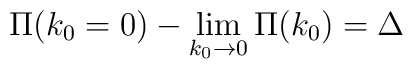
\Pi(k_{0} =0) - \lim_{k_{0}\rightarrow 0} \Pi(k_{0}) = \Delta